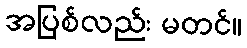
အပြစ်လည်း မတင်။